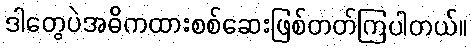
ဒါတွေပဲအဓိကထားစစ်ဆေးဖြစ်တတ်ကြပါတယ်။